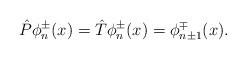
LaTeX: \begin{align*}\hat{P}\phi_{n}^{\pm}(x)= \hat{T}\phi_{n}^{\pm}(x)=\phi_{n\pm 1}^{\mp}(x).\end{align*}